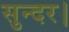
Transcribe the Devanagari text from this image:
सुन्दर।